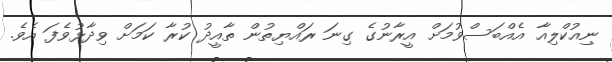
ނިއުކްލިއާ އެއްބަސްވުމަށް އީރާނުގެ ގިނަ ރައްޔިތުން ތާއީދު ކުރާ ކަމަށް ވިދާޅުވެފަ އެވެ.